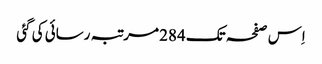
اِس صفحہ تک 284 مرتبہ رسائی کی گئی